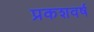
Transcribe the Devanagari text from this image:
प्रकशवर्ष